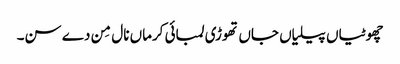
چھوٹیاں پیلیاں جاں تھوڑی لمبائی کرماں نال مِن دے سن۔